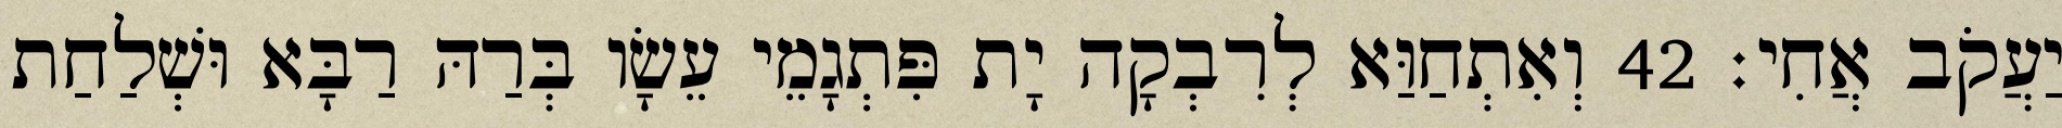
יַעֲקֹב אֲחִי׃ 42 וְאִתְחַוַּא לְרִבְקָה יָת פִּתְגָמֵי עֵשָׂו בְּרַהּ רַבָּא וּשְׁלַחַת